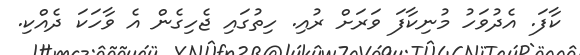
ކާފަ. އެދުވަހު މުނިކާފަ ވަރަށް ރުއި. ހިތުގައި ޖެހިގެން އެ ވާހަކަ ދެއްކި.